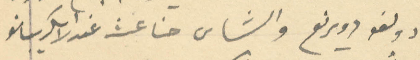
ادولفو دويرنغ والشاس حنا غث عند الاسكريبانو